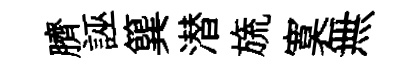
臍誣簨潜旒寞無